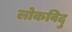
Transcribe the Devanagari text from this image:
लोकविदु